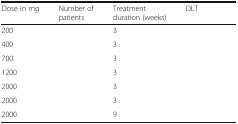
<table><thead><tr><td><b>Dose in mg</b></td><td><b>Number of patients</b></td><td><b>Treatment duration (weeks)</b></td><td><b>DLT</b></td></tr></thead><tbody><tr><td>200</td><td>[EMPTY_CELL]</td><td>3</td><td>[EMPTY_CELL]</td></tr><tr><td>400</td><td>[EMPTY_CELL]</td><td>3</td><td>[EMPTY_CELL]</td></tr><tr><td>700</td><td>[EMPTY_CELL]</td><td>3</td><td>[EMPTY_CELL]</td></tr><tr><td>1200</td><td>[EMPTY_CELL]</td><td>3</td><td>[EMPTY_CELL]</td></tr><tr><td>2000</td><td>[EMPTY_CELL]</td><td>3</td><td>[EMPTY_CELL]</td></tr><tr><td>2000</td><td>[EMPTY_CELL]</td><td>3</td><td>[EMPTY_CELL]</td></tr><tr><td>2000</td><td>[EMPTY_CELL]</td><td>9</td><td>[EMPTY_CELL]</td></tr></tbody></table>